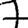
Digit: 7